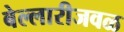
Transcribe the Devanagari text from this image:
बेल्लारीजवळ